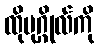
ထိုပုဂ္ဂိုလ်ကို